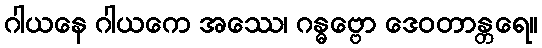
ဂါယနေ ဂါယကေ အဿေ၊ ဂန္ဓဗ္ဗော ဒေဝတာန္တရေ။